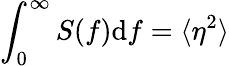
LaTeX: \int_{0}^{\infty}S(f)\mathrm{d}f=\langle\eta^{2}\rangle